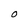
Character: O